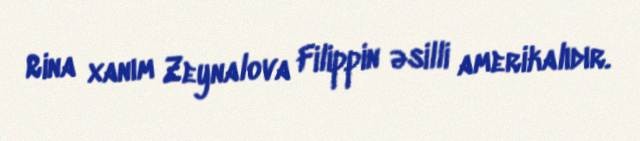
Rina xanım Zeynalova Filippin əsilli amerikalıdır.